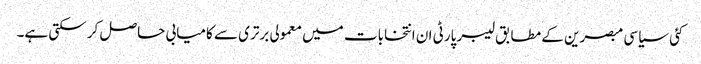
کئی سیاسی مبصرین کے مطابق لیبر پارٹی ان انتخابات میں معمولی برتری سے کامیابی حاصل کر سکتی ہے۔